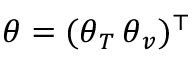
\boldsymbol { \theta } = ( \boldsymbol { \theta } _ { T } \, \boldsymbol { \theta } _ { v } ) ^ { \top }